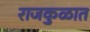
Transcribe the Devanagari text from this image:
राजकुळात